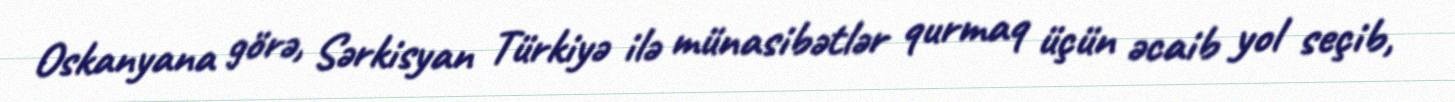
Oskanyana görə, Sərkisyan Türkiyə ilə münasibətlər qurmaq üçün əcaib yol seçib,